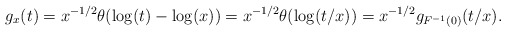
\begin{align*} g_{x}(t) = x^{-1/2}\theta(\log(t)-\log(x)) = x^{-1/2}\theta(\log(t/x)) = x^{-1/2}g_{F^{-1}(0)}(t/x). \end{align*}